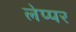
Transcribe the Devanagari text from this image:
लेप्पर